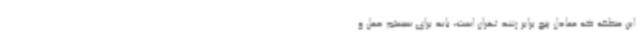
این منطقه که معادل پنج برابر رشد تهران است، باید برای سیستم حمل و